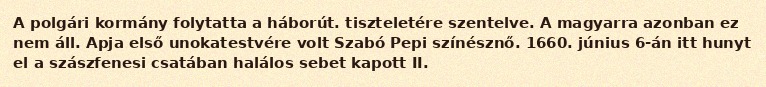
A polgári kormány folytatta a háborút. tiszteletére szentelve. A magyarra azonban ez nem áll. Apja első unokatestvére volt Szabó Pepi színésznő. 1660. június 6-án itt hunyt el a szászfenesi csatában halálos sebet kapott II.